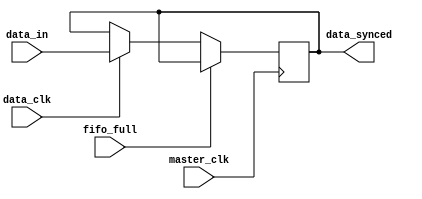
module fifo_sync (
    input wire master_clk,
    input wire data_clk,
    input wire data_in,
    input wire fifo_full,
    output reg data_synced
);

reg data_synced_reg;

always @(posedge master_clk) begin
    if (fifo_full == 0) begin
        if (data_clk) begin
            data_synced_reg <= data_in;
        end
    end
end

assign data_synced = data_synced_reg;

endmodule